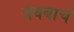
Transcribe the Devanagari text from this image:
जयबाचे